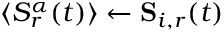
\langle S _ { r } ^ { \alpha } ( t ) \rangle \gets \mathbf { S } _ { i , r } ( t )